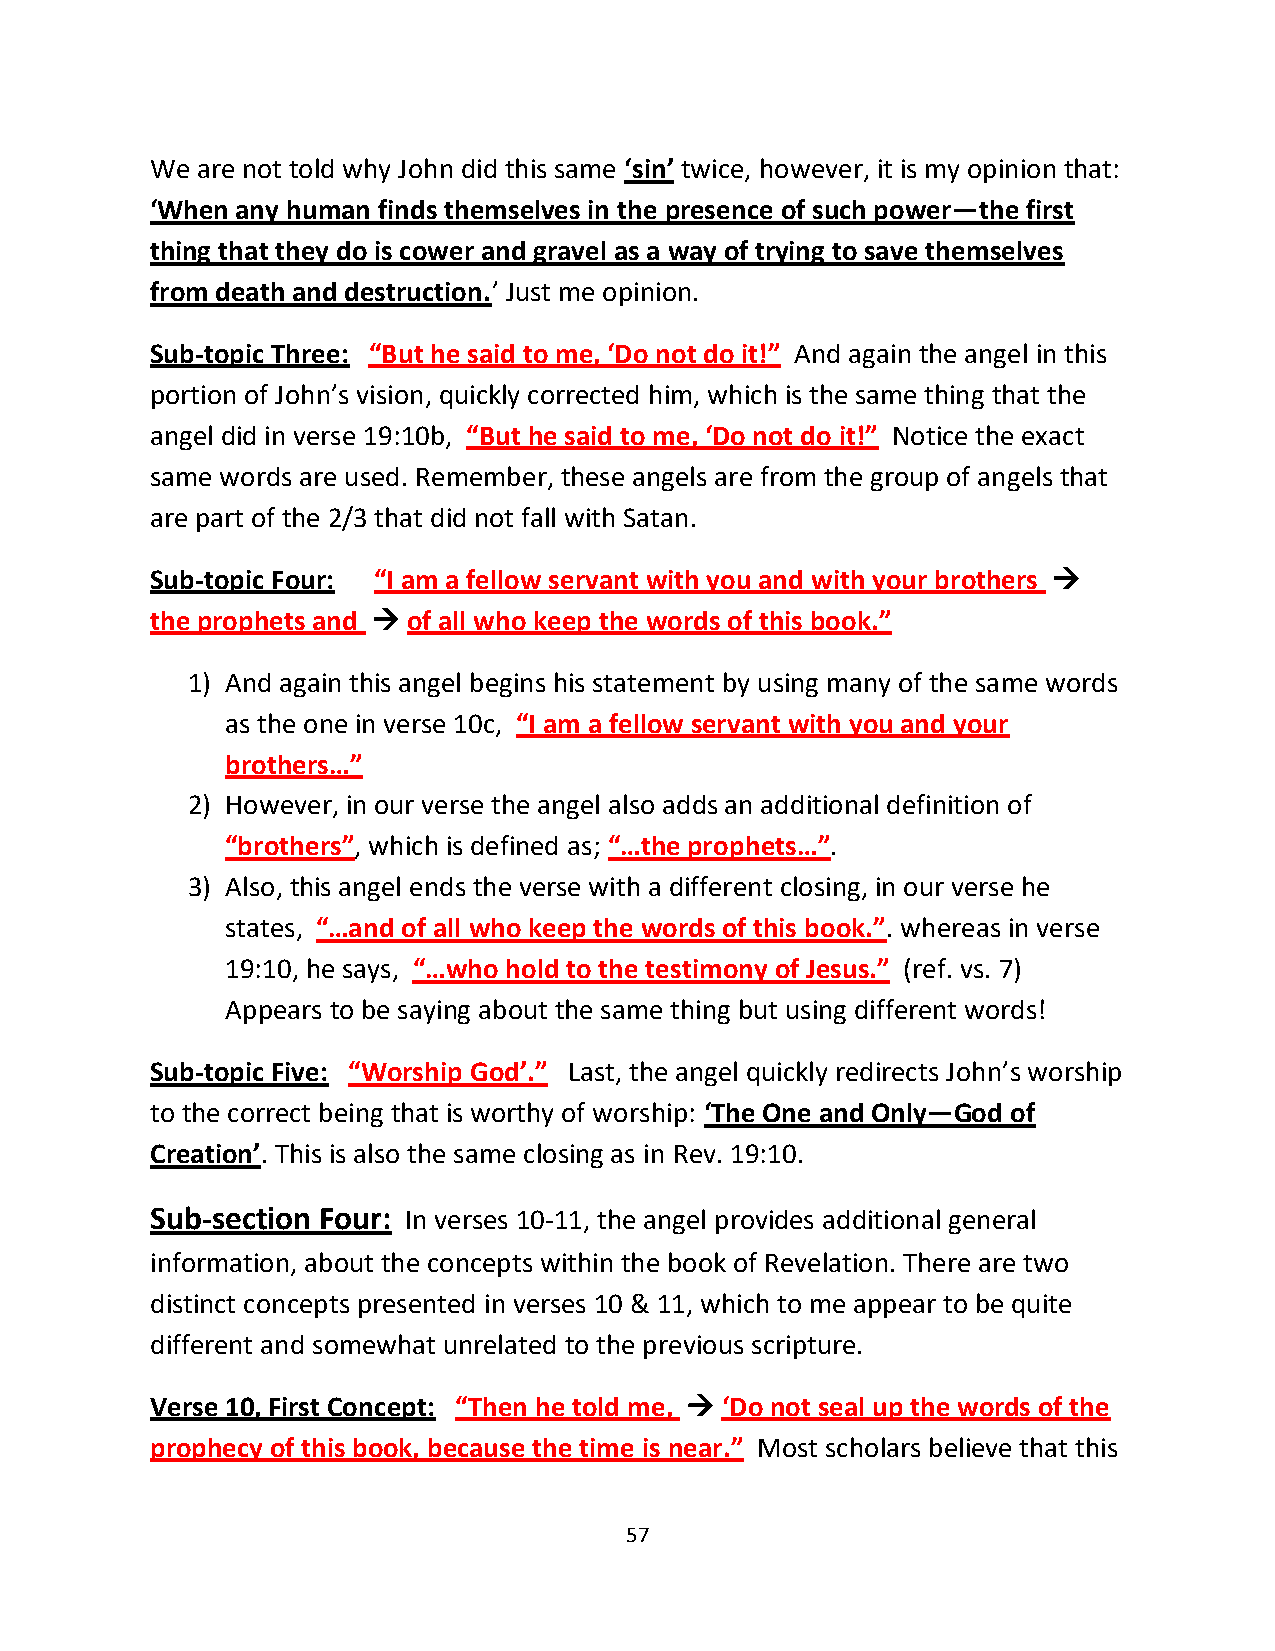
We are not told why John did this same ‘sin’ twice, however, it is my opinion that:
 ‘When any human finds themselves in the presence of such power—the first
 thing that they do is cower and gravel as a way of trying to save themselves
 from death and destruction.’ Just me opinion.
 Sub-topic Three: “But he said to me, ‘Do not do it!” And again the angel in this
 portion of John’s vision, quickly corrected him, which is the same thing that the
 angel did in verse 19:10b, “But he said to me, ‘Do not do it!” Notice the exact
 same words are used. Remember, these angels are from the group of angels that
 are part of the 2/3 that did not fall with Satan.
 Sub-topic Four: “I am a fellow servant with you and with your brothers →
 the prophets and → of all who keep the words of this book.”
 1) And again this angel begins his statement by using many of the same words
 as the one in verse 10c, “I am a fellow servant with you and your
 brothers…”
 2) However, in our verse the angel also adds an additional definition of
 “brothers”, which is defined as; “…the prophets…”.
 3) Also, this angel ends the verse with a different closing, in our verse he
 states, “…and of all who keep the words of this book.”. whereas in verse
 19:10, he says, “…who hold to the testimony of Jesus.” (ref. vs. 7)
 Appears to be saying about the same thing but using different words!
 Sub-topic Five: “Worship God’.” Last, the angel quickly redirects John’s worship
 to the correct being that is worthy of worship: ‘The One and Only—God of
 Creation’. This is also the same closing as in Rev. 19:10.
 Sub-section Four: In verses 10-11, the angel provides additional general
 information, about the concepts within the book of Revelation. There are two
 distinct concepts presented in verses 10 & 11, which to me appear to be quite
 different and somewhat unrelated to the previous scripture.
 Verse 10, First Concept: “Then he told me, → ‘Do not seal up the words of the
 prophecy of this book, because the time is near.” Most scholars believe that this
 57